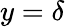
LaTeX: y=\delta